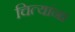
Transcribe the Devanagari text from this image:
चित्यांना